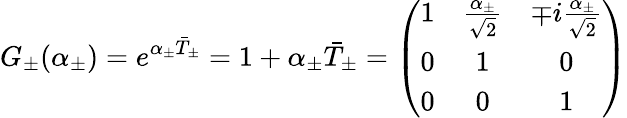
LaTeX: G_{\pm}(\alpha_{\pm})=e^{\alpha_{\pm}\bar{T}_{\pm}}=1+\alpha_{\pm}\bar{T}_{\pm}=\left(\begin{array}{ccc}{{1}}&{{\frac{\alpha_{\pm}}{\sqrt{2}}}}&{{\mp i\frac{\alpha_{\pm}}{\sqrt{2}}}}\\ {{0}}&{{1}}&{{0}}\\ {{0}}&{{0}}&{{1}}\end{array}\right)